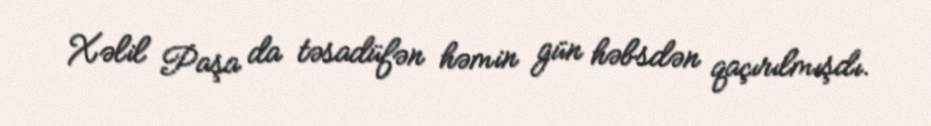
Xəlil Paşa da təsadüfən həmin gün həbsdən qaçırılmışdı.